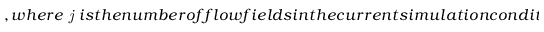
, w h e r e \textit { j } i s t h e n u m b e r o f f l o w f i e l d s i n t h e c u r r e n t s i m u l a t i o n c o n d i t i o n , \textit { i } i s t h e n u m b e r o f w a v i n g f r e q u e n c i e s t h a t c a n b e s e l e c t e d u n d e r t h e c u r r e n t c h a r a c t e r i s t i c f l o w f i e l d , a n d t h e s i z e o f t h e w h o l e s o l u t i o n s p a c e i s